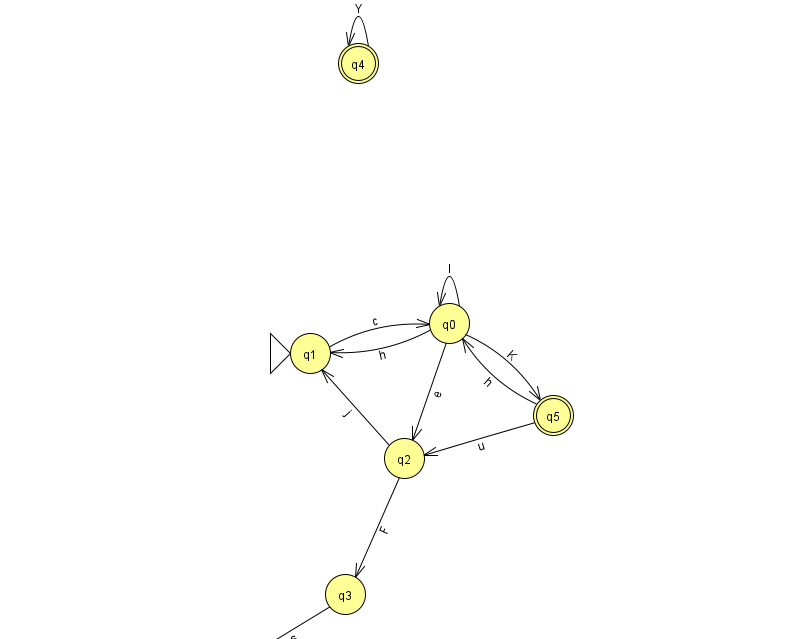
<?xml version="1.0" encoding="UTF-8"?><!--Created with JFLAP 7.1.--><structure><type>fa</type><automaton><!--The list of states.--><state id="0" name="q0"><x>449.0</x><y>310.0</y></state><state id="1" name="q1"><x>310.0</x><y>340.0</y><initial/></state><state id="2" name="q2"><x>404.0</x><y>445.0</y></state><state id="3" name="q3"><x>345.0</x><y>581.0</y></state><state id="4" name="q4"><x>358.0</x><y>50.0</y><final/></state><state id="5" name="q5"><x>553.0</x><y>402.0</y><final/></state><state id="6" name="q6"><x>230.0</x><y>651.0</y></state><!--The list of transitions.--><transition><from>5</from><to>2</to><read>u</read></transition><transition><from>0</from><to>1</to><read>h</read></transition><transition><from>5</from><to>0</to><read>h</read></transition><transition><from>0</from><to>5</to><read>K</read></transition><transition><from>3</from><to>6</to><read>s</read></transition><transition><from>0</from><to>0</to><read>I</read></transition><transition><from>4</from><to>4</to><read>Y</read></transition><transition><from>2</from><to>1</to><read>j</read></transition><transition><from>0</from><to>2</to><read>e</read></transition><transition><from>1</from><to>0</to><read>c</read></transition><transition><from>2</from><to>3</to><read>F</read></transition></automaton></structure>